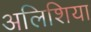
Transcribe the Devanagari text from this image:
अलिशिया